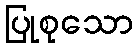
ပြုစုသော